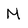
Character: M